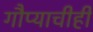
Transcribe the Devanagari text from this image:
गौप्याचीही